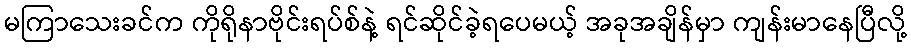
မကြာသေးခင်က ကိုရိုနာဗိုင်းရပ်စ်နဲ့ ရင်ဆိုင်ခဲ့ရပေမယ့် အခုအချိန်မှာ ကျန်းမာနေပြီလို့